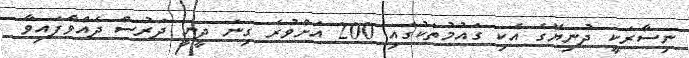
ނިސާރަކީ ދުނިޔޭގެ އެކި ގައުމުތަކުގައި 200 އަށްވުރެ ގިނަ ދީނީ ދަރުސް ދެއްވާފައިވާ